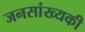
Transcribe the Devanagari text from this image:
जनसांख्यकी